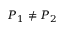
P _ { 1 } \neq P _ { 2 }